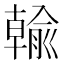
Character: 𪟺